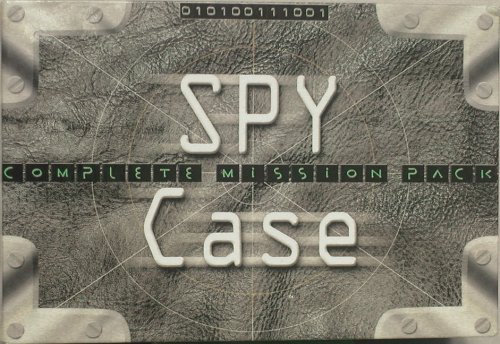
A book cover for Spy Case; Clint Twist; Children's Books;